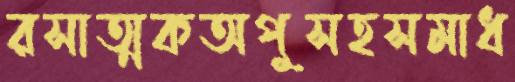
রসাত্মকঅপুসহসমাধ